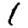
Digit: 1